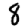
Digit: 8